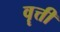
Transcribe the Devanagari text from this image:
वॄत्ती